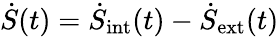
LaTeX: \dot{S}(t)=\dot{S}_{\mathrm{int}}(t)-\dot{S}_{\mathrm{ext}}(t)